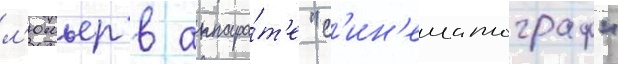
л'юмьер в аппара́т'е "с'ин'ематограф"